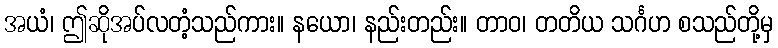
အယံ၊ ဤဆိုအပ်လတံ့သည်ကား။ နယော၊ နည်းတည်း။ တာဝ၊ တတိယ သင်္ဂဟ စသည်တို့မှ